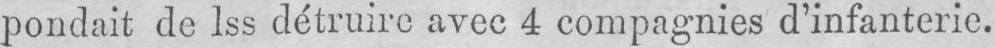
pondait de lss détruire avec 4 compagnies d’infanterie.